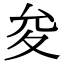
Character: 夋